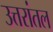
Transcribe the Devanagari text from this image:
उत्तरांतल